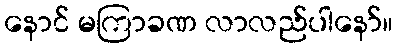
နောင် မကြာခဏ လာလည်ပါနော်။